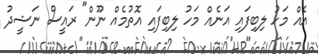
އެއް މަހު ލިބިފައި އަނެއް މަހު ލިބިފައި އޮތުމެއް ނޫން" ރައީސް ނަޝީދު